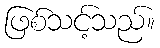
ဖြစ်သင့်သည်။